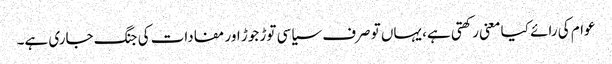
عوام کی رائے کیا معنی رکھتی ہے، یہاں تو صرف سیاسی توڑ جوڑ اور مفادات کی جنگ جاری ہے۔